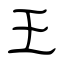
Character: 王